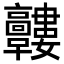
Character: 𩫰